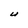
Character: U